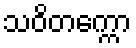
သဝိတက္ကော